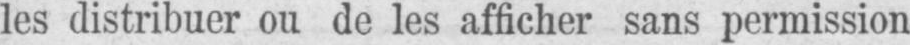
les distribuer ou de les afficher sans permission